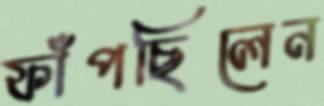
ফাঁপছিলেন